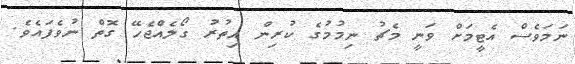
ނަމަވެސް އެޓީމަށް ވަނީ މެޗު ނިމުމުގެ ކުރިން އިތުރު ގޯލެއްޖެހޭ ގޮތް ނުވެފައެވެ.